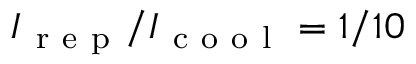
I _ { \mathrm { ~ r ~ e ~ p ~ } } / I _ { \mathrm { ~ c ~ o ~ o ~ l ~ } } = 1 / 1 0